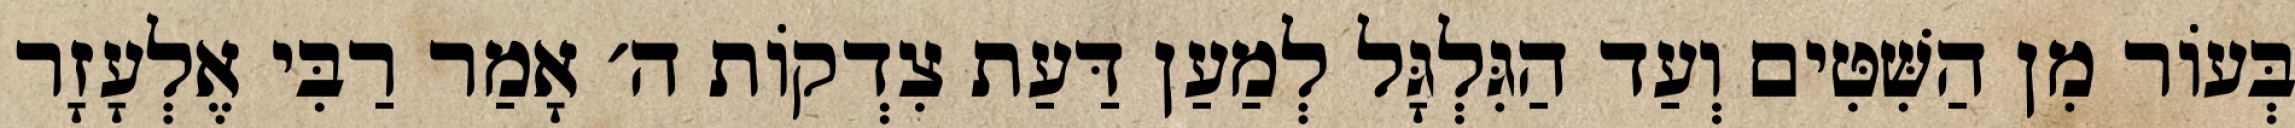
בְּעוֹר מִן הַשִּׁטִּים וְעַד הַגִּלְגָּל לְמַעַן דַּעַת צִדְקוֹת ה׳ אָמַר רַבִּי אֶלְעָזָר